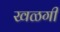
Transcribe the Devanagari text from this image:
खळगी